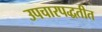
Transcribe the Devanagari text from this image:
उपचारपद्धतीत